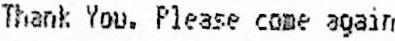
THANK YOU. PLEASE COME AGAIN